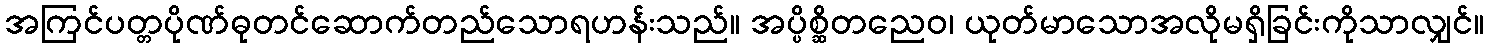
အကြင်ပတ္တပိုဏ်ဓုတင်ဆောက်တည်သောရဟန်းသည်။ အပ္ပိစ္ဆိတညေဝ၊ ယုတ်မာသောအလိုမရှိခြင်းကိုသာလျှင်။